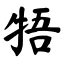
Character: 牾